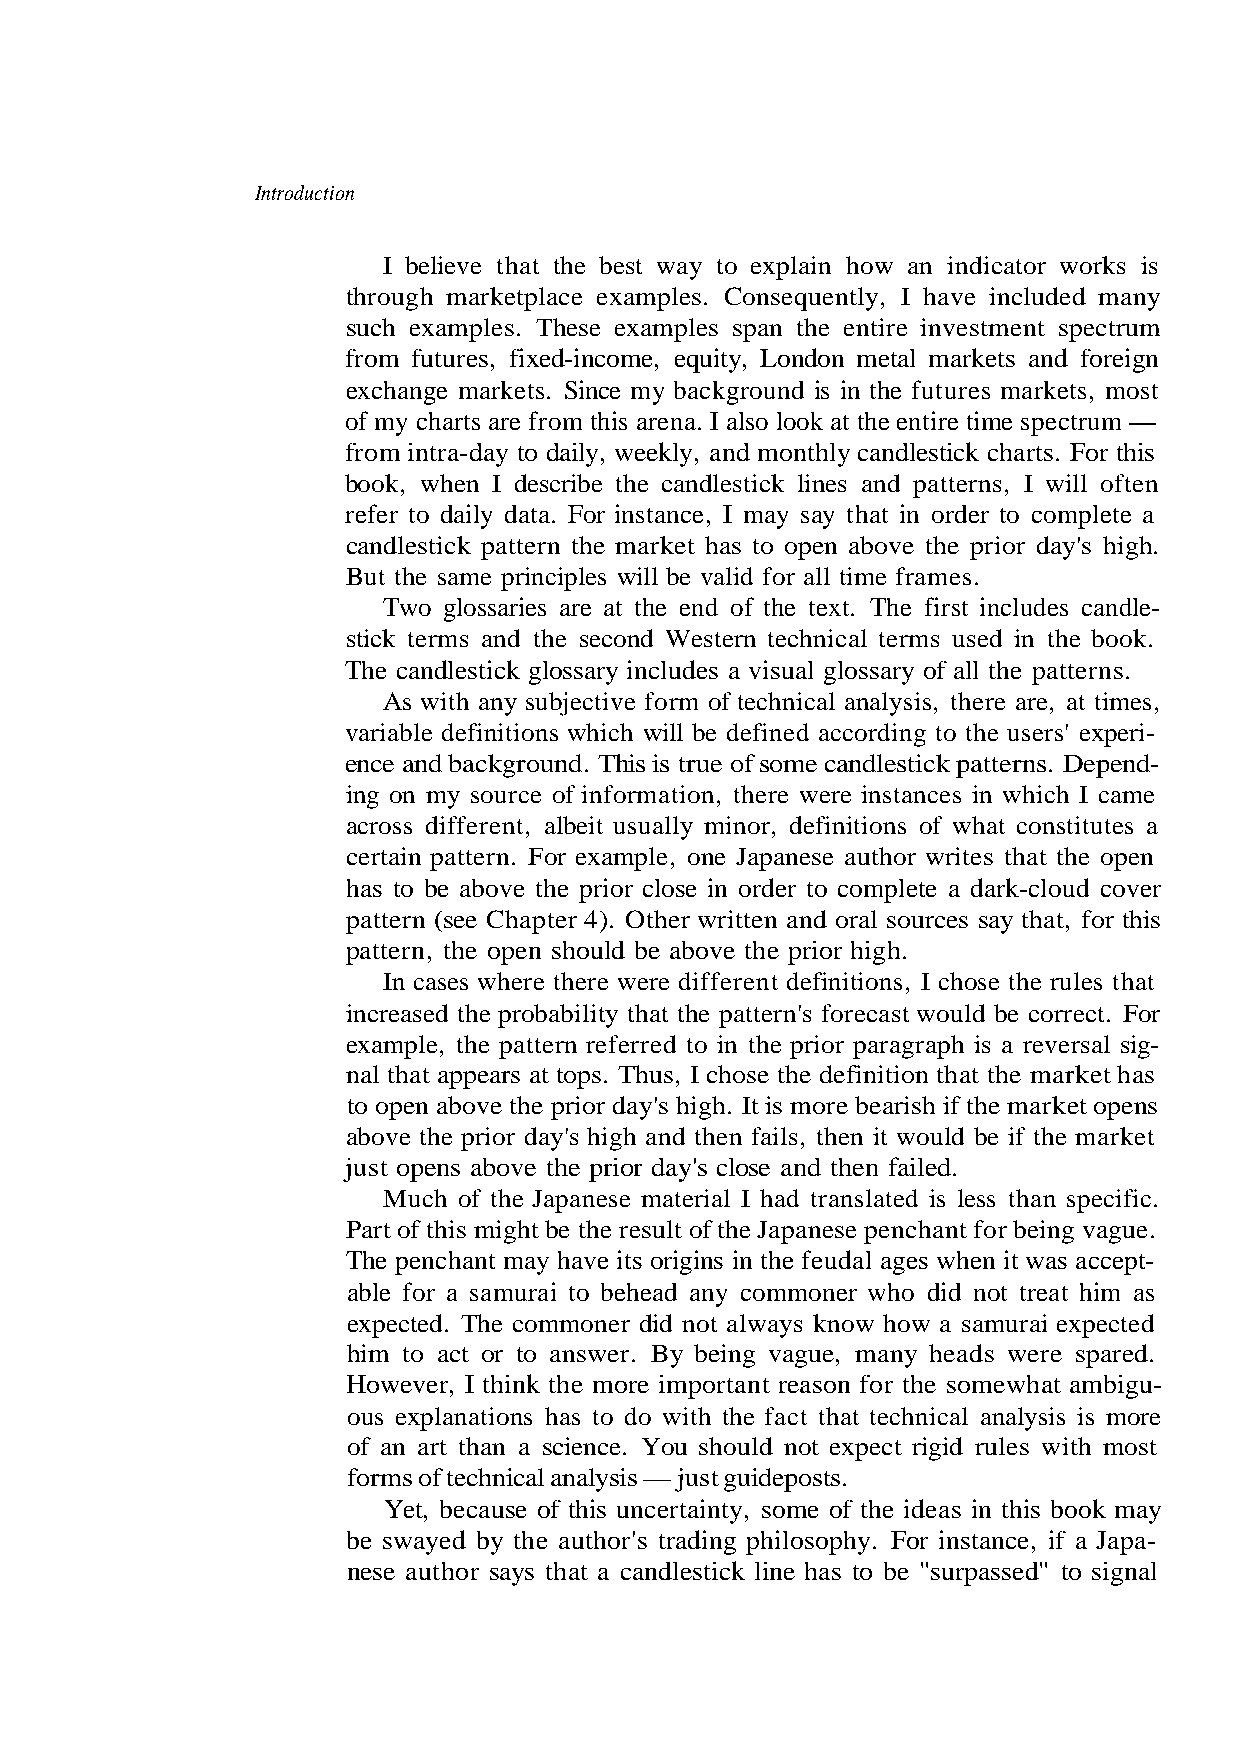
Introduction
 I believe that the best way to explain how an indicator works is
 through marketplace examples. Consequently, I have included many
 from futures, fixed-income, equity, London metal markets and foreign
 from intra-day to daily, weekly, and monthly candlestick charts. For this
 book, when I describe the candlestick lines and patterns, I will often
 But the same principles will be valid for all time frames.
 Two glossaries are at the end of the text. The first includes candle-
 stick terms and the second Western technical terms used in the book.
 ing on my source of information, there were instances in which I came
 across different, albeit usually minor, definitions of what constitutes a
 certain pattern. For example, one Japanese author writes that the open
 has to be above the prior close in order to complete a dark-cloud cover
 pattern (see Chapter 4). Other written and oral sources say that, for this
 pattern, the open should be above the prior high.
 nal that appears at tops. Thus, I chose the definition that the market has
 just opens above the prior day's close and then failed.
 Part of this might be the result of the Japanese penchant for being vague.
 expected. The commoner did not always know how a samurai expected
 of an art than a science. You should not expect rigid rules with most
 forms of technical analysis — just guideposts.
 Yet, because of this uncertainty, some of the ideas in this book may
 be swayed by the author's trading philosophy. For instance, if a Japa-
 - t p e c c a s a w t i n e h w
 t
 s
 a
 e
 h t
 g
 -
 s
 a
 ri
 e
 e
 l
 l
 p
 u
 a
 .
 ex
 r
 d
 ed
 l
 s'
 he
 u
 ar
 na
 r
 t
 e
 p
 g
 se
 e
 f
 s
 si
 u
 s
 e
 o
 e
 o
 e
 er
 t
 h
 h
 h
 w
 "
 um
 o t
 I c
 t
 n t
 ds
 sed
 such examples. These examples span the entire investment spectr
 exchange markets. Since my background is in the futures markets, most
 of my charts are from this arena. I also look at the entire time spectrum —
 refer to daily data. For instance, I may say that in order to complete a
 candlestick pattern the market has to open above the prior day's high.
 The candlestick glossary includes a visual glossary of all the patterns.
 As with any subjective form of technical analysis, there are, at times,
 variable definitions which will be defined according t
 ence and background. This is true of some candlestick patterns. Depend-
 In cases where there were different definitions,
 increased the probability that the pattern's forecast would be correct. For
 example, the pattern referred to in the prior paragraph is a reversal sig-
 to open above the prior day's high. It is more bearish if the market opens
 above the prior day's high and then fails, then it would be if the marke
 Much of the Japanese material I had translated is less than specific.
 The penchant may have its origins i
 able for a samurai to behead any commoner who did not treat him as
 him to act or to answer. By being vague, many hea
 However, I think the more important reason for the somewhat ambigu-
 ous explanations has to do with the fact that technical analysis is more
 nese author says that a candlestick line has to be "surpas